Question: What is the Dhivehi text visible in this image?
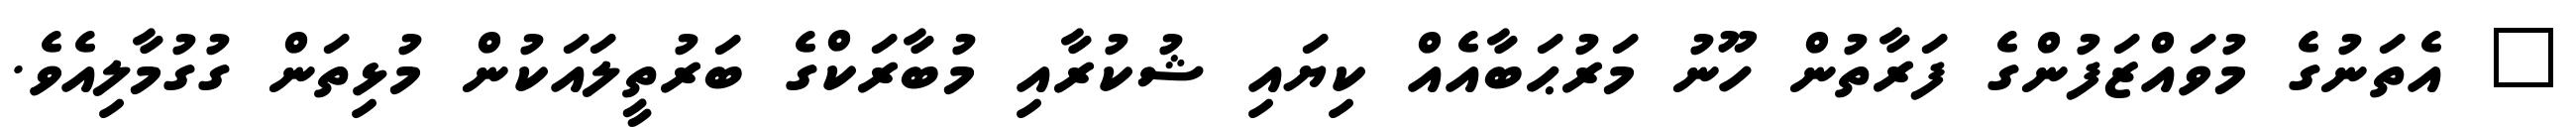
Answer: " އެތަނުގެ މުވައްޒަފުންގެ ފަރާތުން ހޫނު މަރުޙަބާއެއް ކިޔައި ޝުކުރާއި މުބާރަކްގެ ބަރުތީލައަކުން މުޅިތަން ގުގުމާލިއެވެ.